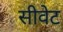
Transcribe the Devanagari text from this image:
सीवेट